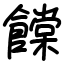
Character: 饓